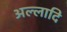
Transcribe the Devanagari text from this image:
अल्लादि